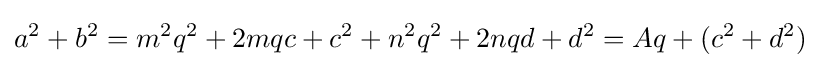
a^{2}+b^{2}=m^{2}q^{2}+2mqc+c^{2}+n^{2}q^{2}+2nqd+d^{2}=Aq+(c^{2}+d^{2})